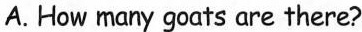
A. How many goats are there?